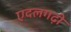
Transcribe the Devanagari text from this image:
एदलगढ़ी